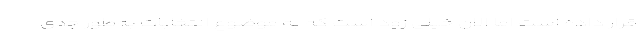
قرار داده است اما الان خیلی زود است که به موضوع انتخابات به‌طور جدی